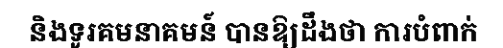
និងទូរគមនាគមន៍ បានឱ្យដឹងថា ការបំពាក់